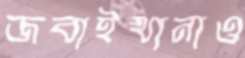
জবাইখানাও